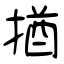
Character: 揂